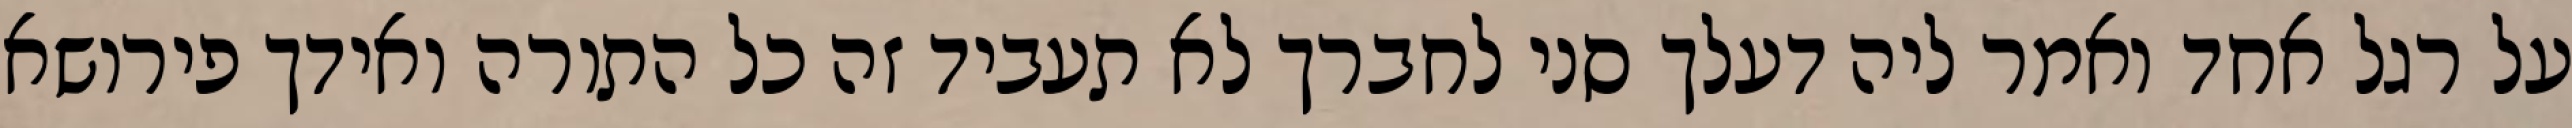
על רגל אחד ואמר ליה דעלך סני לחברך לא תעביד זה כל התורה ואידך פירושא